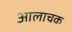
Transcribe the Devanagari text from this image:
आलाचक